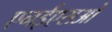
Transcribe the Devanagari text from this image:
एनईएसओ